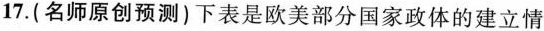
17. (名师原创预测)下表是欧美部分国家政体的建立情